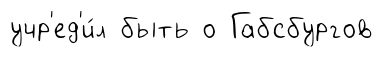
учр'ед'и́л быть о Габсбургов